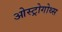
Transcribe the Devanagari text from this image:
ओस्ट्रोगोथ्स